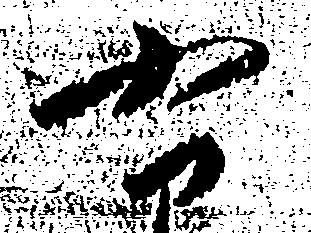
右